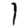
Digit: 1